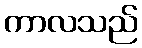
ကာလသည်